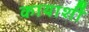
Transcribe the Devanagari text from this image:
कायाशीं